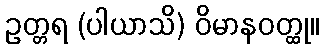
ဥတ္တရ (ပါယာသိ) ဝိမာနဝတ္ထု။